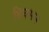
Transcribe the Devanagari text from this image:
ब्रिक्मन